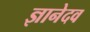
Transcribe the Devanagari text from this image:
ज्ञानेदव